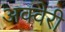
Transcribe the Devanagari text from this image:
अक्वेरी